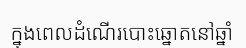
ក្នុងពេលដំណើរបោះឆ្នោតនៅឆ្នាំ